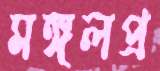
মঙ্গলপ্র